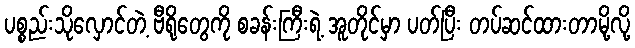
ပစ္စည်းသိုလှောင်တဲ့ ဗီရိုတွေကို စခန်းကြီးရဲ့ အူတိုင်မှာ ပတ်ပြီး တပ်ဆင်ထားတာမို့လို့